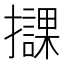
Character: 𢸠